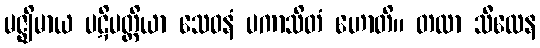
မဇ္ဈိမာယ ပဋိပတ္တိယာ သေဝနံ ပကာသိတံ ဟောတိ။ တထာ သီလေန